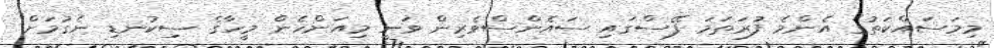
މިމަސައްކަތުގެ އެންމެ ފުރަތަމަ ފޭސްގައި ސައެންސްވެރިން ވަނީ މިއަންހެން މީހާގެ ސިކުނޑި ނެގުމަށް